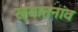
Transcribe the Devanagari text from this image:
ख्यातनांव